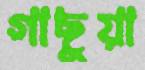
গাছুয়া